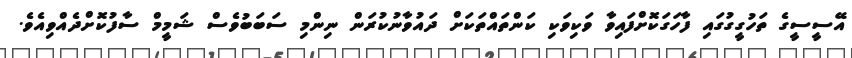
އޭސީސީގެ ތަހުގީގުގައި ފާހަގަކޮށްފައިވާ ވަކިވަކި ކަންތައްތަކަށް ދައުވާނުކުރަން ނިންމި ސަބަބުވެސް ޝަމީމް ސާފުކޮށްދެއްވިއެވެ.